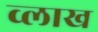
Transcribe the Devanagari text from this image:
व्लाख